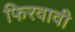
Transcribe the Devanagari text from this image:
फिरवावी